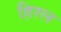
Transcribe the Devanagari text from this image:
हिरल